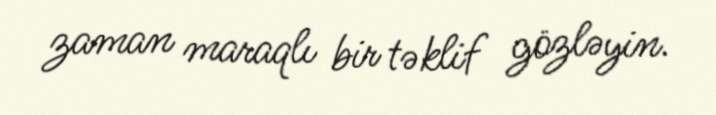
zaman maraqlı bir təklif gözləyin.